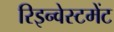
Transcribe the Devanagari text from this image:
रिइन्वेस्टमेंट